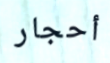
أحجار